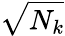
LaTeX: \sqrt{N_{k}}